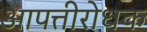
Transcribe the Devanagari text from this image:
आपत्तीरोधक